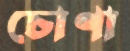
চোণা